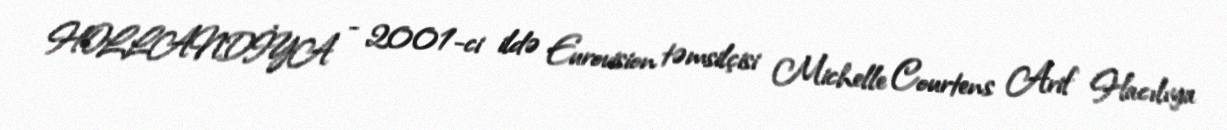
HOLLANDİYA - 2001-ci ildə Eurovision təmsilçisi Michelle Courtens Arif Hacılıya